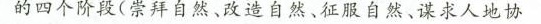
的四个阶段(崇拜自然、改造自然、征服自然、谋求人地协